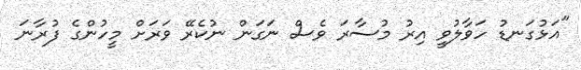
"އަޅުގަނޑު ހަވާލުވީ އިރު މުސާރަ ވެސް ނަގަން ނުކެރޭ ވަރަށް މީހުންގެ ފުރާނަ